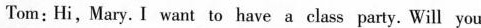
Tom:Hi,Mary. I want to have a class party. Will you